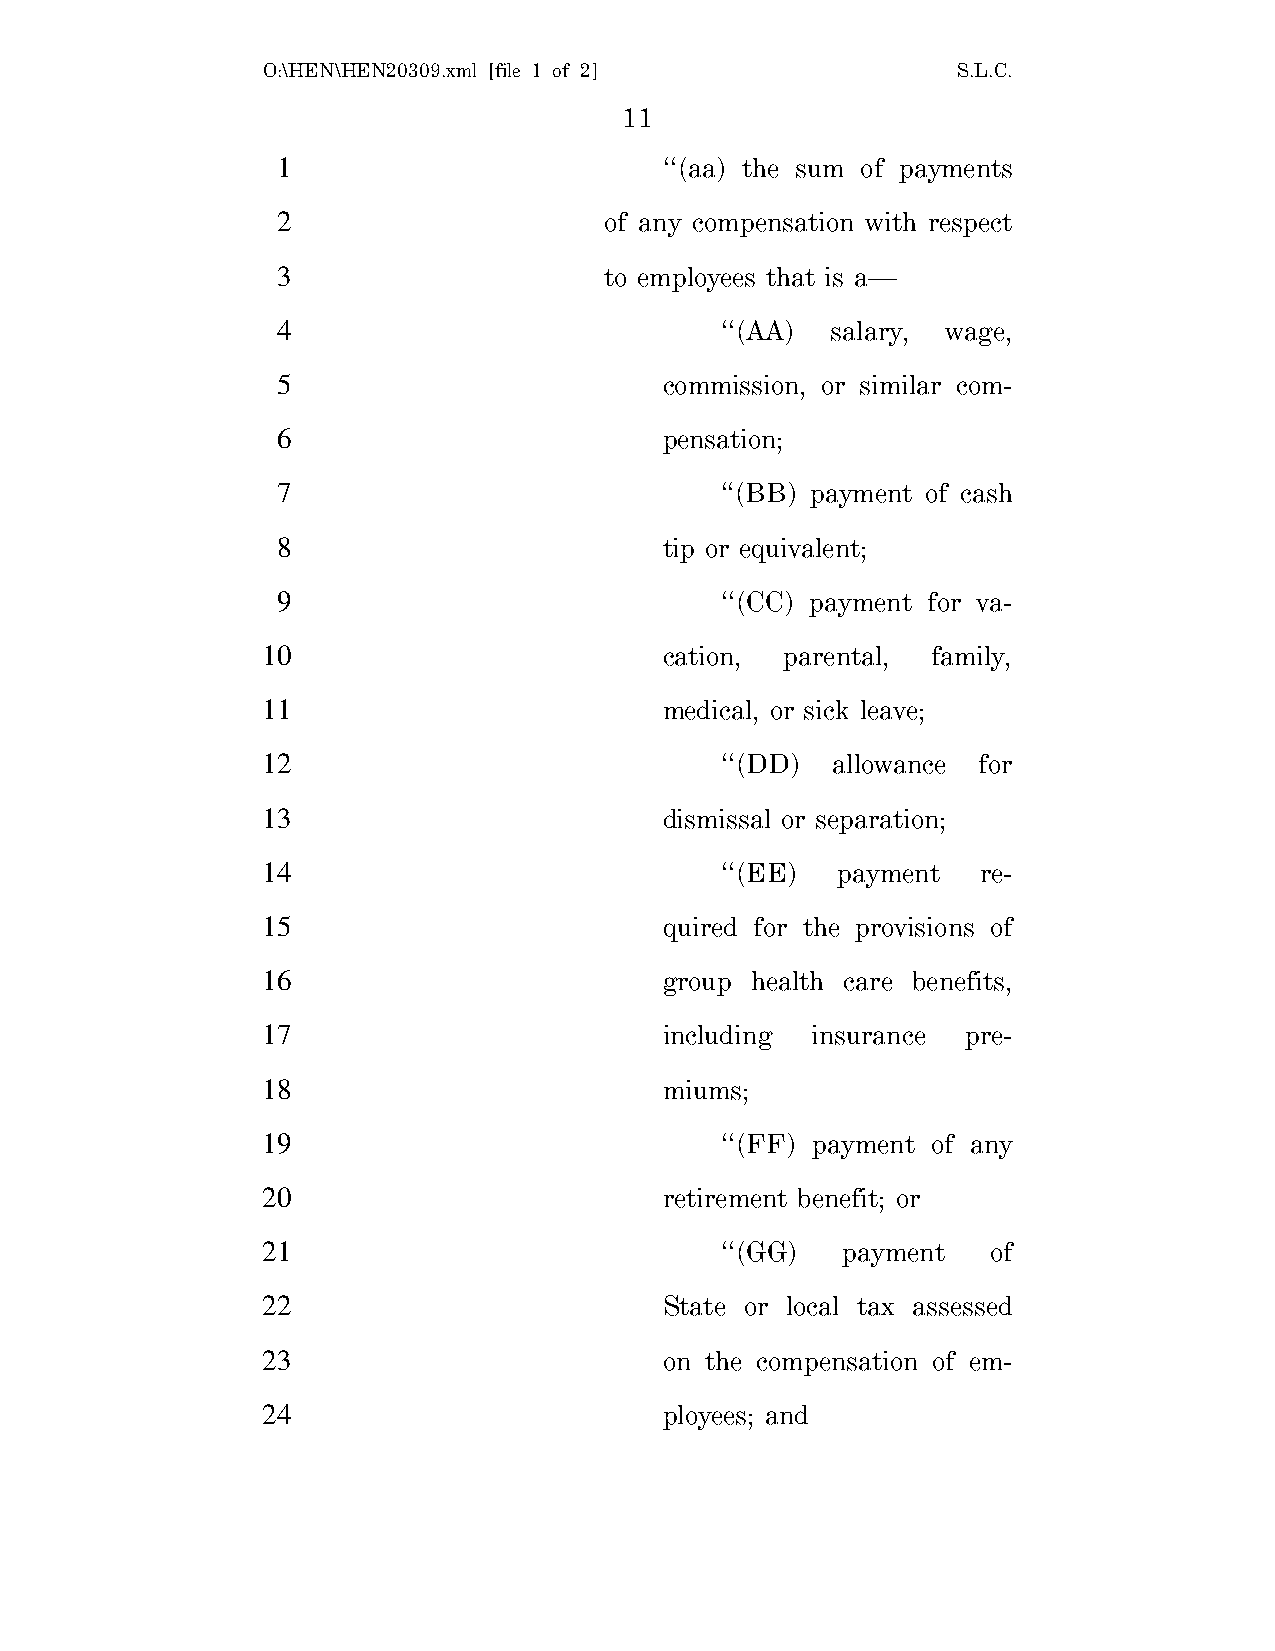
O:\HEN\HEN20309.xml [file 1 of 2]             S.L.C.
 11
 1                         ‘‘(aa) the sum of payments
 2                     of any compensation with respect
 3                     to employees that is a—
 4                             ‘‘(AA) salary, wage,
 5                         commission, or similar com-
 6                         pensation;
 7                             ‘‘(BB) payment of cash
 8                         tip or equivalent;
 9                             ‘‘(CC) payment for va-
 10                         cation, parental, family,
 11                         medical, or sick leave;
 12                             ‘‘(DD) allowance for
 13                         dismissal or separation;
 14                             ‘‘(EE) payment   re-
 15                         quired for the provisions of
 16                         group health care benefits,
 17                         including insurance pre-
 18                         miums;
 19                             ‘‘(FF) payment of any
 20                         retirement benefit; or
 21                             ‘‘(GG)  payment   of
 22                         State or local tax assessed
 23                         on the compensation of em-
 24                         ployees; and